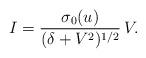
LaTeX: \begin{align*} I=\frac{\sigma_0(u)}{(\delta+V^2)^{1/2}}\,V.\end{align*}